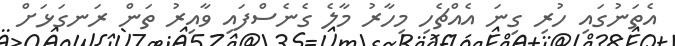
އެތަނުގައި ހުރި ގިނަ އެއްޗެހި މިހާރު މާލެ ގެނެސްފައި ވާއިރު ތަން ރަނގަޅަށް